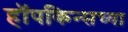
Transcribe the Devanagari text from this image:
हॉपकिन्सच्या